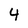
Character: 4